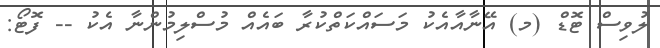
ލުވިސް ޓޮޑް (މ) އޭނާއާއެކު މަސައްކަތްކުރާ ބައެއް މުސްލިމުންނާ އެކު -- ފޮޓޯ: